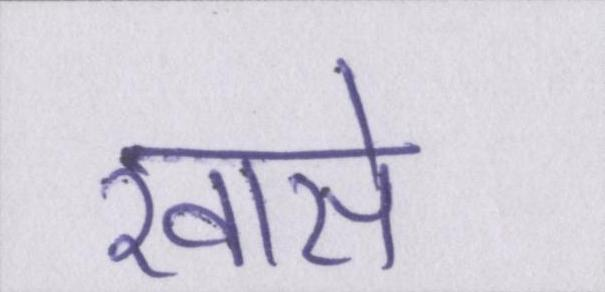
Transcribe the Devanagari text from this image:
खासे